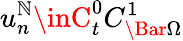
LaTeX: u_{n}^{\mathbb{N}}\inC_{t}^{0}C_{\Bar{\Omega}}^{1}